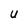
Character: U